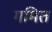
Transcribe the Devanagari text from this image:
गमित